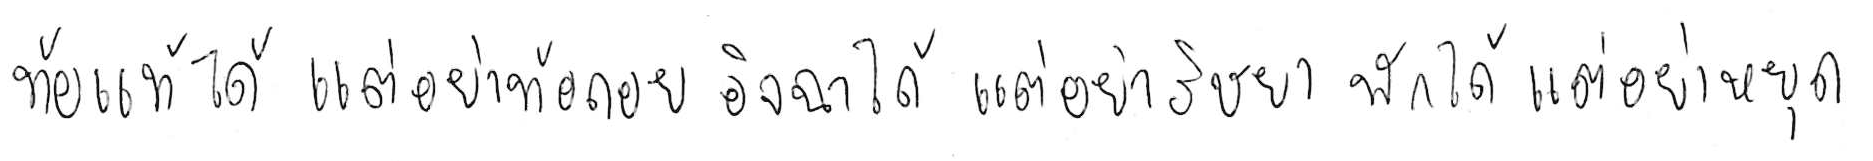
ท้อแท้ได้ แต่อย่าท้อถอย อิจฉาได้ แต่อย่าริษยา พักได้ แต่อย่าหยุด